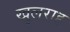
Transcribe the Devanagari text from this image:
खुलराह